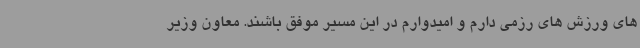
های ورزش های رزمی دارم و امیدوارم در این مسیر موفق باشند. معاون وزیر